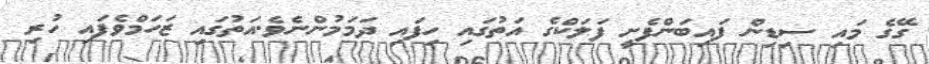
ގޭގެ މައި ސިޑިން ފައިބަންފެށީ ފަލަކްގެ އަތުގައި ހިފައި ދަމަމުންނެވެ.އަތުގައި ޒަހަމްވެފައި ހުރި